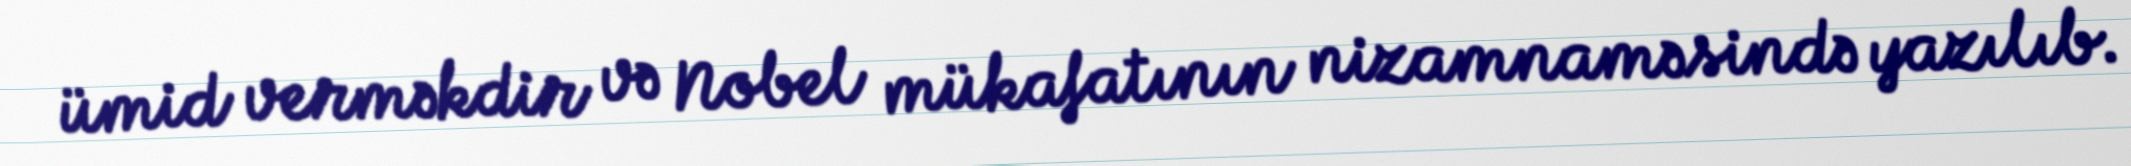
ümid verməkdir və Nobel mükafatının nizamnaməsində yazılıb.